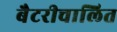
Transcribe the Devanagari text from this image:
बैटरीचालित